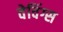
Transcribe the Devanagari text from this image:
वेविंग्स